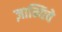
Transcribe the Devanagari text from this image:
ज़ान्यिवे